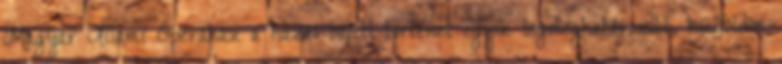
Magyar Állami Operaház a hazai balett-történet egyik legmeghatározóbb, külföldön